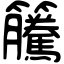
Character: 𥸎